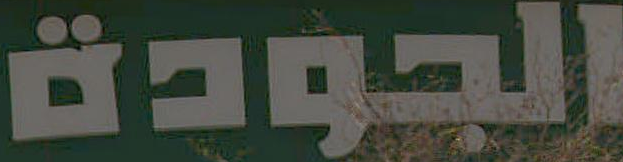
الجودة